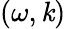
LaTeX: (\omega,\mathit{k})